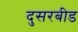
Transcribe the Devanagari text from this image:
दुसरबीड